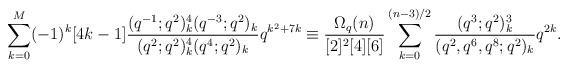
LaTeX: \begin{align*}\sum_{k=0}^{M}(-1)^k[4k-1]\frac{(q^{-1};q^2)_k^4(q^{-3};q^2)_k}{(q^2;q^2)_k^4(q^{4};q^2)_k}q^{k^2+7k}\equiv\frac{\Omega_q(n)}{[2]^2[4][6]}\sum_{k=0}^{(n-3)/2}\frac{(q^3;q^2)_k^3}{(q^2,q^6,q^8;q^2)_k}q^{2k}.\end{align*}